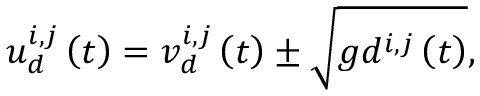
u _ { d } ^ { i , j } \left( t \right) = v _ { d } ^ { i , j } \left( t \right) \pm \sqrt { g d ^ { i , j } \left( t \right) } ,